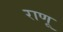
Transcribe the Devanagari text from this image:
राणू